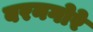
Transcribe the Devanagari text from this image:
बरनगोरे